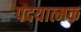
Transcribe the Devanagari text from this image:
पदयात्मक